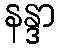
နန္ဒာ